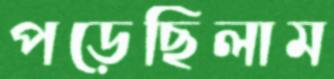
পড়েছিলাম